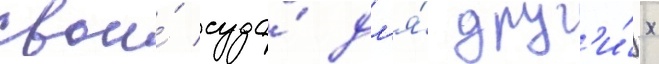
свои́ суда́ дл'я́ друг'и́х